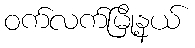
ဝက်လက်မြို့နယ်